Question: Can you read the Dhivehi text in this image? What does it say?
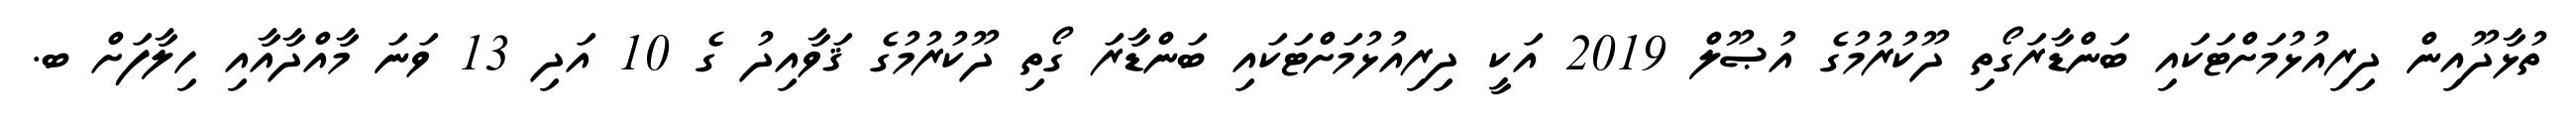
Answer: ތުޅާދޫއިން ދިރިއުޅުމަށްޓަކައި ބަންޑާރަގޯތި ދޫކުރުމުގެ އުޞޫލް 2019 އަކީ ދިރިއުޅުމަށްޓަކައި ބަންޑާރަ ގޯތި ދޫކުރުމުގެ ޤަވާއިދު ގެ 10 އަދި 13 ވަނަ މާއްދާއާއި ހިލާފަށް ބ.